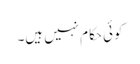
کوئی حکام نہیں ہیں۔